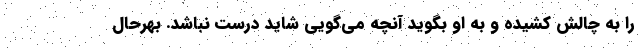
را به چالش کشیده و به او بگوید آنچه می‌گویی شاید درست نباشد. بهرحال